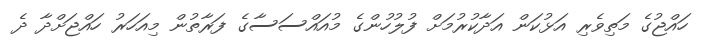
ހައްޖުގެ މަތިވެރި އަޅުކަން އަދާކުރުމަށް ފުލުހުންގެ މުއައްސަސާގެ ފަރާތުން މިއަހަރު ހައްޖަށްދާ ދެ